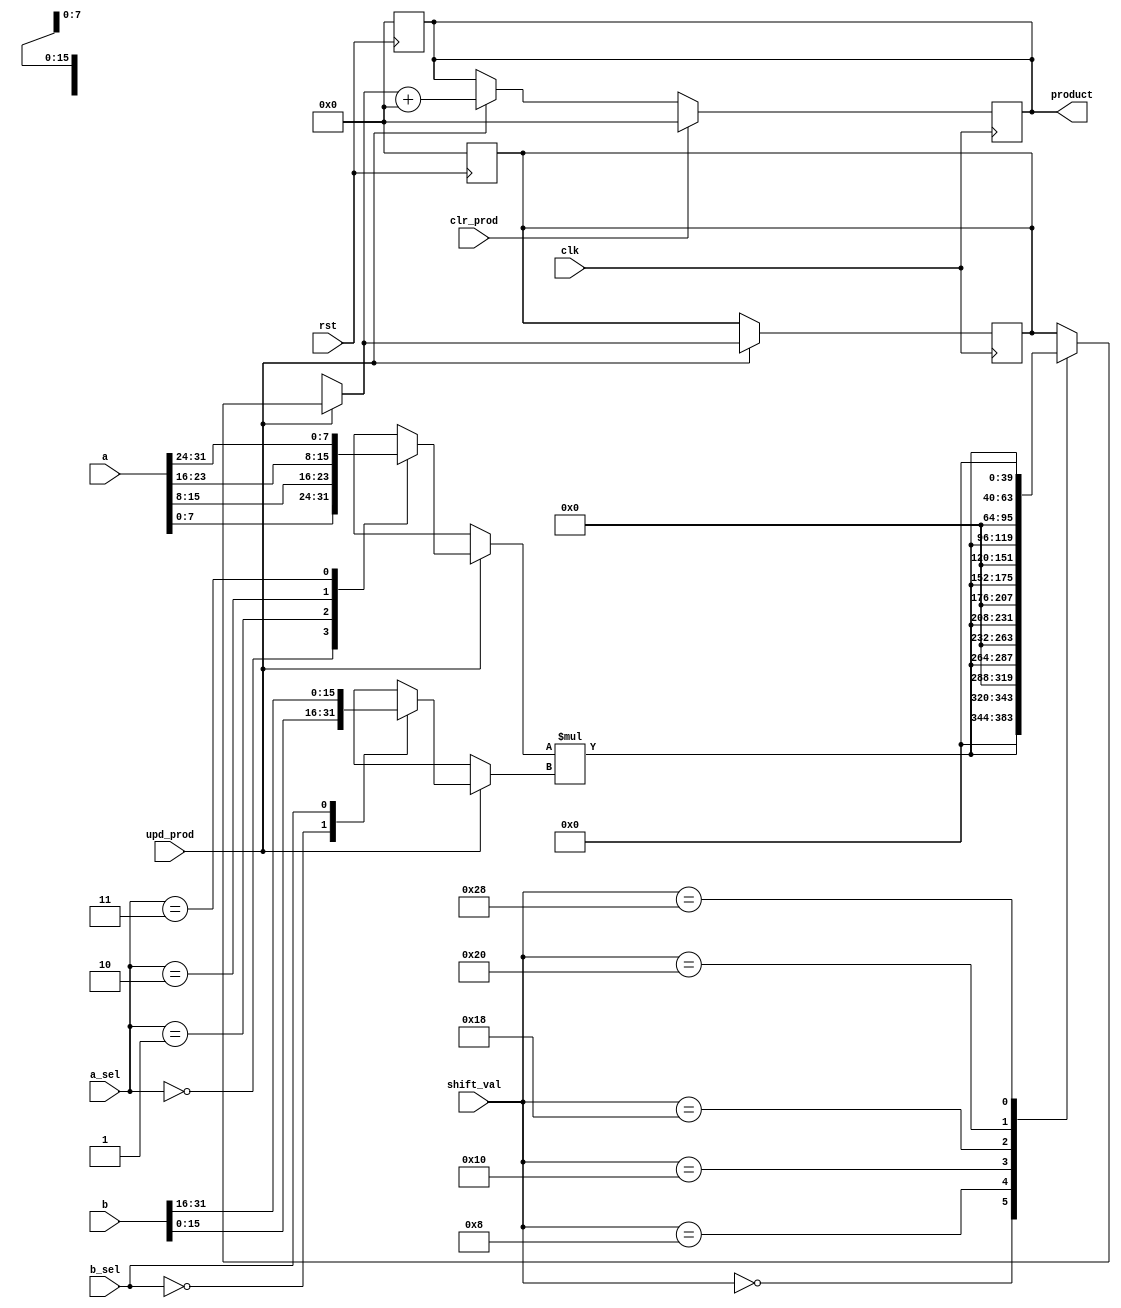
// 32X32 Multiplier arithmetic unit template
module mult32x32_arith (
    output reg [63:0] product, // Miltiplication product

    // Multiplier controls
    input wire [31:0] a,        // Input a
    input wire [31:0] b,        // Input b
    input wire [1:0] a_sel,     // Select one byte from A
    input wire       b_sel,     // Select one 2-byte word from B
    input wire [5:0] shift_val, // Shift value of 8-bit mult product
    input wire upd_prod,        // Update the product register
    input wire clr_prod,        // Clear the product register
    input wire clk,             // Clock
    input wire rst              // Reset
);

// Put your code here
// ------------------

//internal variables 
	reg [7:0] part_of_a;
	reg [15:0] part_of_b;
	reg [23:0] mult_res;
	reg [63:0] shifter_res;
	reg [63:0] prev_prod=64'b0;

always @(posedge clk)
begin
	if(upd_prod==1'b1)
	begin
		//mux 4>1
		case(a_sel) 
		  2'b00: part_of_a=a[7:0];
		  2'b01: part_of_a=a[15:8];
		  2'b10: part_of_a=a[23:16];
		  2'b11: part_of_a=a[31:24];
		endcase
		
		//mux 2>1
		case(b_sel) 
		  1'b0: part_of_b=b[15:0];
		  1'b1: part_of_b=b[31:16];
		endcase
		
		//multiplier
		mult_res=part_of_a*part_of_b;
		
		//shifter
		case(shift_val)
		  6'd0: shifter_res=mult_res;
		  6'd8: shifter_res=mult_res<<8;
		  6'd16: shifter_res=mult_res<<16;
		  6'd24: shifter_res=mult_res<<24;
		  6'd32: shifter_res=mult_res<<32;
		  6'd40: shifter_res=mult_res<<40;
		endcase
		
		//64 bit adder
		product=shifter_res+prev_prod;
		prev_prod=product;
		
	end //end if upd_prod
	
	else begin //in case upd_prod != 1
		prev_prod=64'd0;	
		
	    end
		
	if(clr_prod==1'b1) begin
		product=64'd0;
	end
		
end // end always

always @(posedge rst)
begin 
	part_of_a=8'd0;
	part_of_b=16'd0;
	mult_res=24'd0;
	shifter_res=64'd0;
	product=64'd0;
	prev_prod=64'd0;
end //end always

// End of your code

endmodule